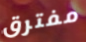
مفترق